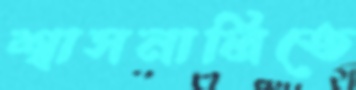
শ্বাসনালিতে